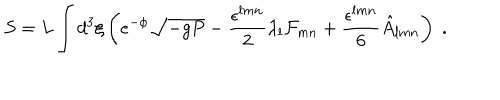
S = L \int d ^ { 3 } \xi \left( e ^ { - \phi } \sqrt { - g P } - \frac { \epsilon ^ { l m n } } { 2 } \lambda _ { l } { \cal F } _ { m n } + \frac { \epsilon ^ { l m n } } { 6 } \hat { A } _ { l m n } \right) \; .